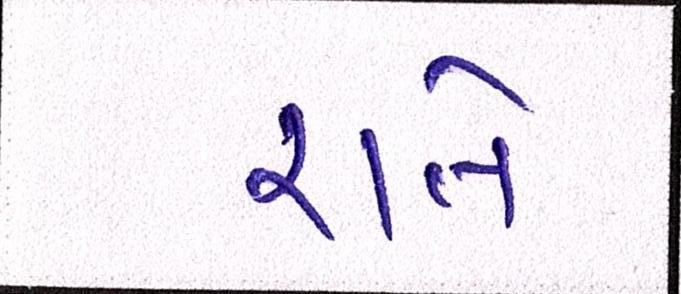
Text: રાતે